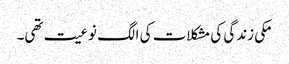
مکی زندگی کی مشکلات کی الگ نوعیت تھی۔